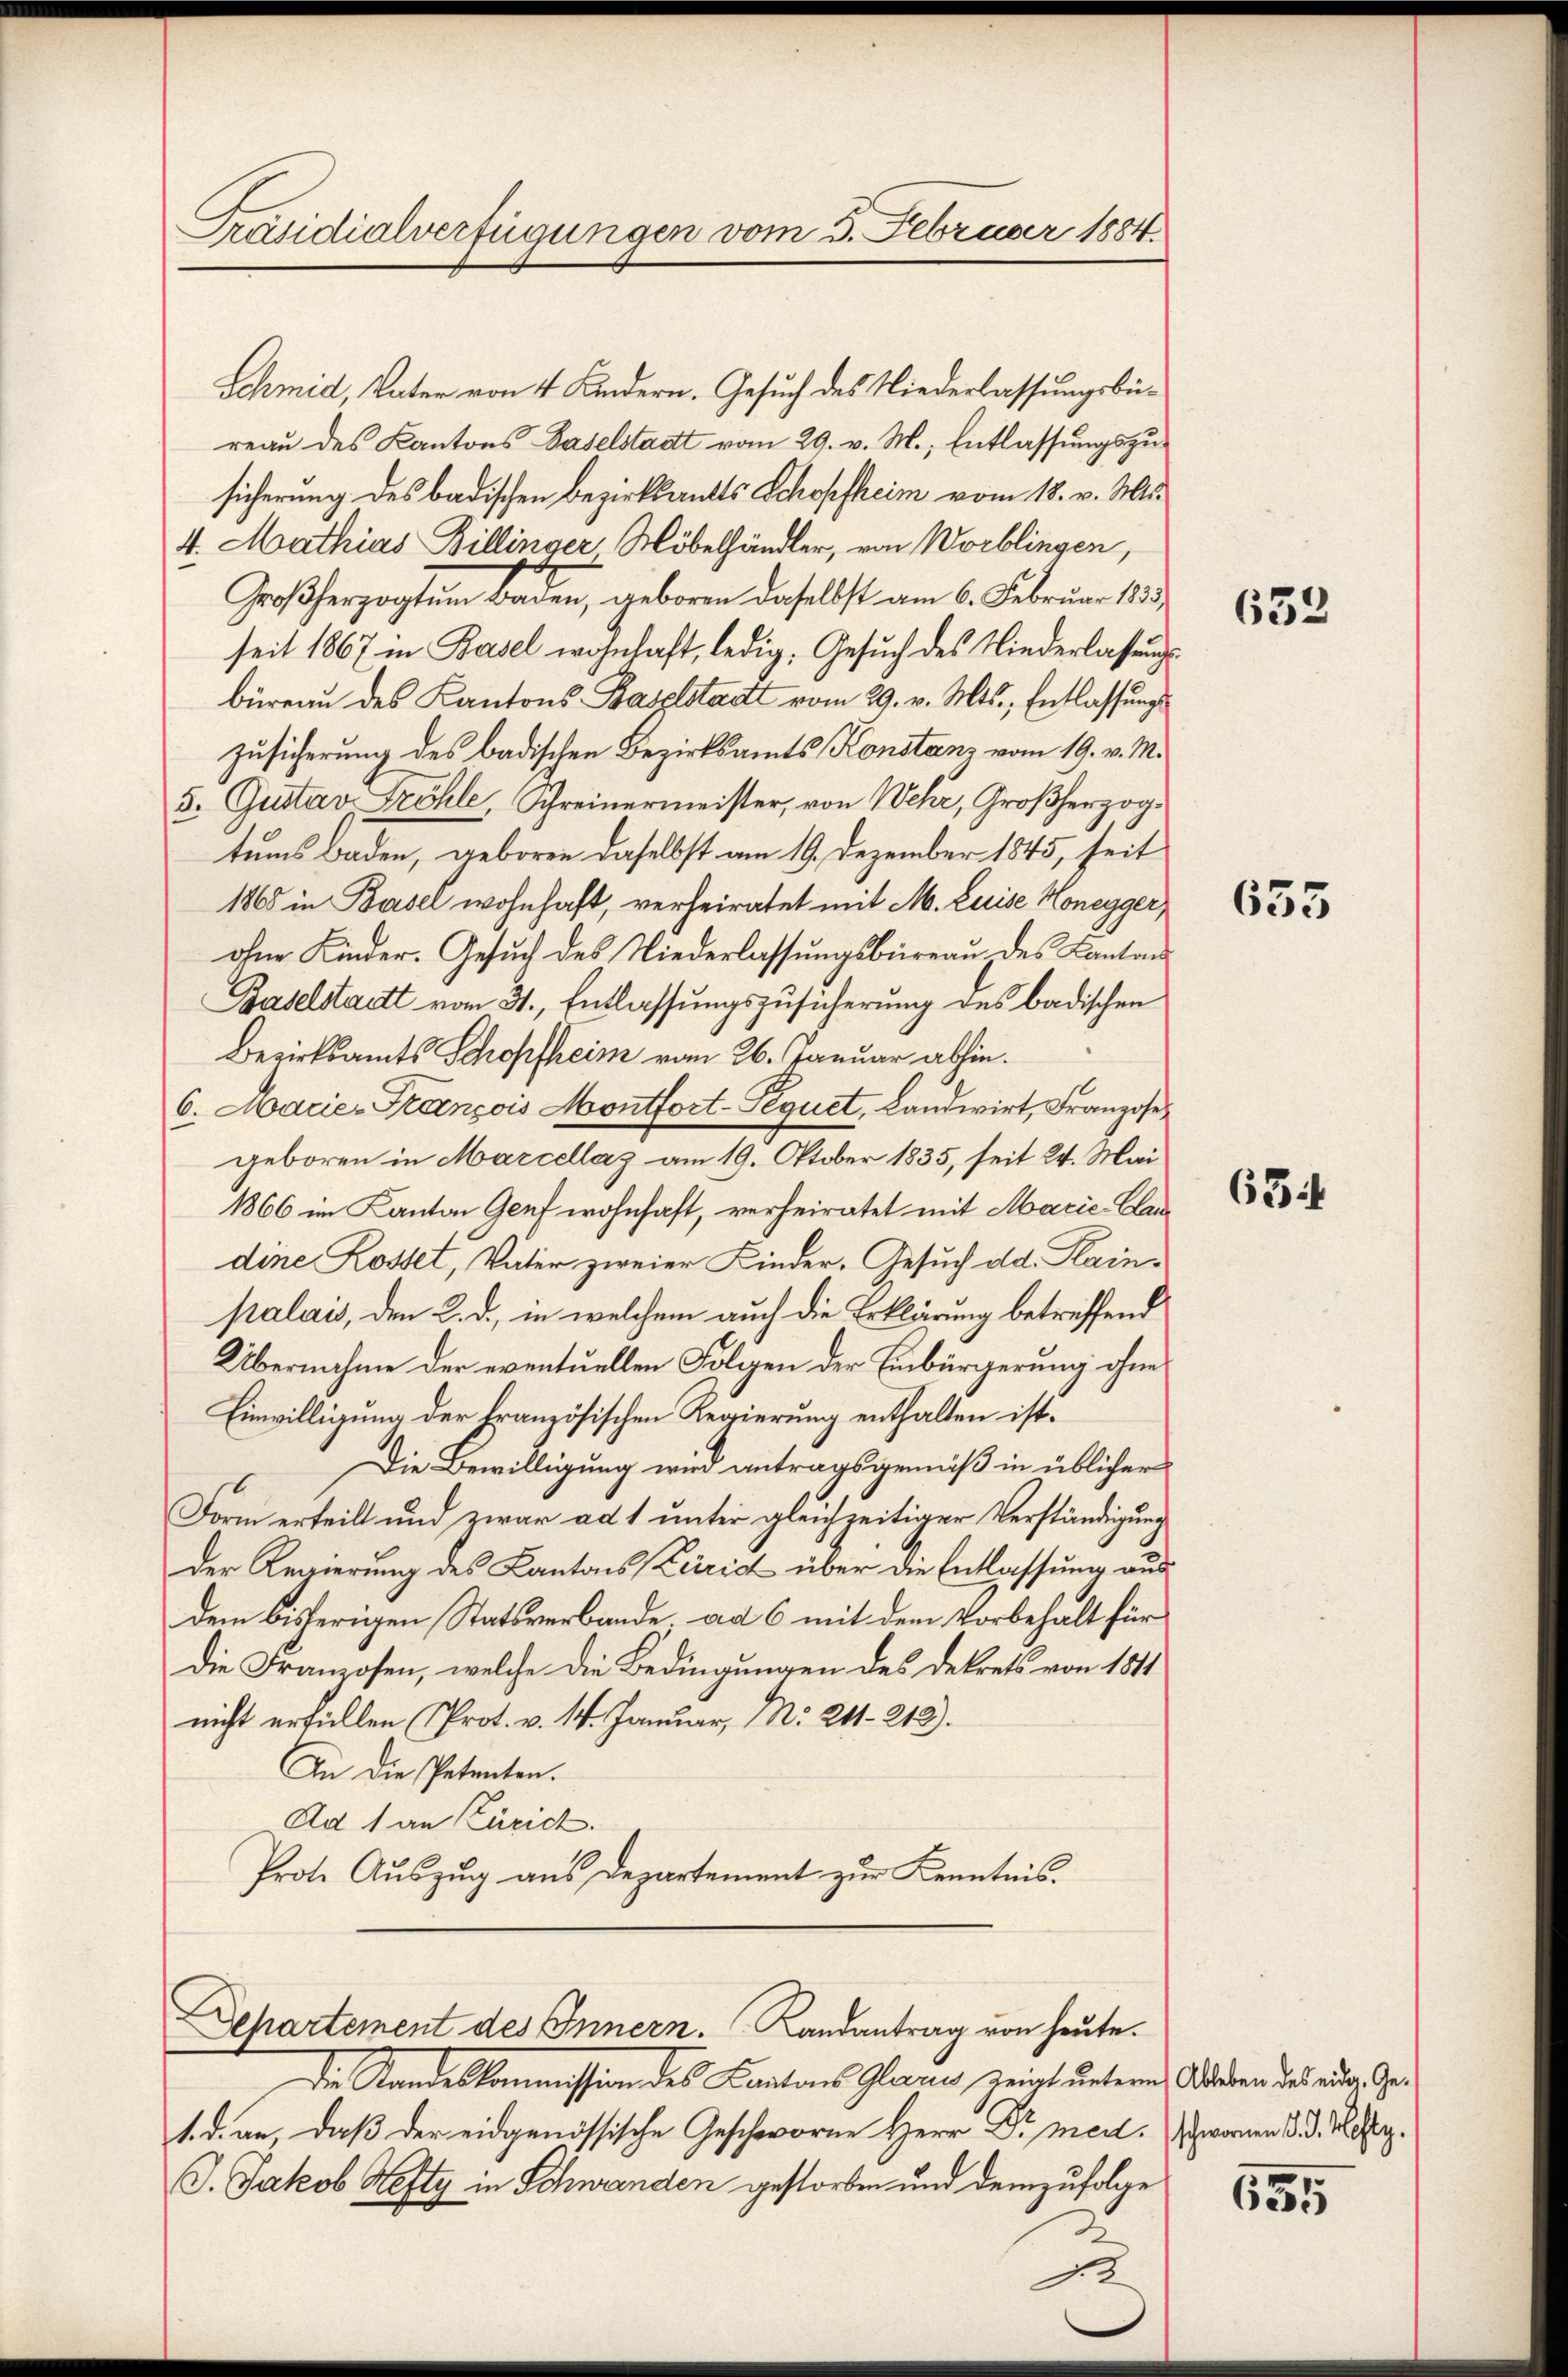
Präsidialverfügungen vom 3. Februar 1884.

Schmid, Vater von 4 Kindern. Gesuch des Niederlassungsbereau des Kantons Baselstadt vom 29. v. M., Entlassungszusicherung des badischen Bezirksants Schopfheim vom 18. v. Mis
4. Mathias Billinger Möbelhändler, von Worblingen,
Großherzogtum Baden, geboren daselbst am 6. Februar 183
seit 1867 in Basel wohnhaft, ledig, Gesuch des Niederlassungsbüreau des Kantons Baselstadt vom 29. v. Mts., Entlassungs
Zusicherung des badischen Bezirksamts Konstanz vom 19. v. M.
5. Gustav Fröhle, Schreinermeister, von Wehr, Großherzogtums Baden, geboren daselbst am 19. Dezember 1845, seit
1865 in Basel wohnhaft, verheiratet mit M. Luise Honegger,
ohne Kinder. Gesuch des Niederlassungsbüreau des Cantons
Baselstatt vom 31., Entlassungszusicherung des badischen
Bezirksamts Schopfheim vom 26. Januar abhin.
6. Marie François Montfort-Pequet, Landwirt, Franzose
geboren in Marcellaz am 19. Oktober 1835, seit 24. Mai
1866 im Kanton Genf wohnhaft, verheiratet mit Marie-Clau
dine Kostet, Vater zweier Kinder, Gesuch dd. Kainpalais, den 2. d. in welchem auch die Erklärung betreffend
Übernahme der eventuellen Folgen der Einbürgerung ohne
Einwilligung der französischen Regierung enthalten ist.
Die Bewilligung wird antragsgemäß in üblicher
Form erteilt und zwar ad 1 unter gleichzeitiger Verständigung
Der Regierung des Kantons Zürich über die Entlassung aus
dem bisherigen Statsverbande. ad 6 mit dem Vorbehalt für
die Franzosen, welche die Bedingungen des Dekrets von 1811
nicht erfüllen (Prot. v. 14. Januar, No 211. 212).
An die Petenten.
Ad 1 an Zürich.
Prote Auszug aus Departement zur Kenntnis.

A
Aepartement des Innern. Landantrag von heute.

Die Standeskommission des Cantons Glarus zeigt unterm Ableben des ander Ge¬
1. d. an, daß der eidgenössische Geschworne Herr Dr. meil. wornen d. d. M.
J. Jakob Hefty in Schwenden gestorben und demzufolge
1

632

635

634

655